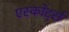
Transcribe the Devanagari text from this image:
एस्कोर्ट्स